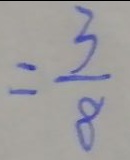
= \frac { 3 } { 8 }